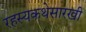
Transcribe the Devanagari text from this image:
रहस्यकथेसारखी